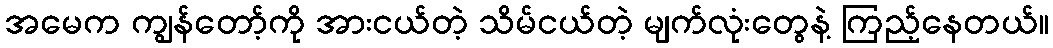
အမေက ကျွန်တော့်ကို အားငယ်တဲ့ သိမ်ငယ်တဲ့ မျက်လုံးတွေနဲ့ ကြည့်နေတယ်။